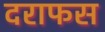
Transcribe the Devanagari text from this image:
दराफस